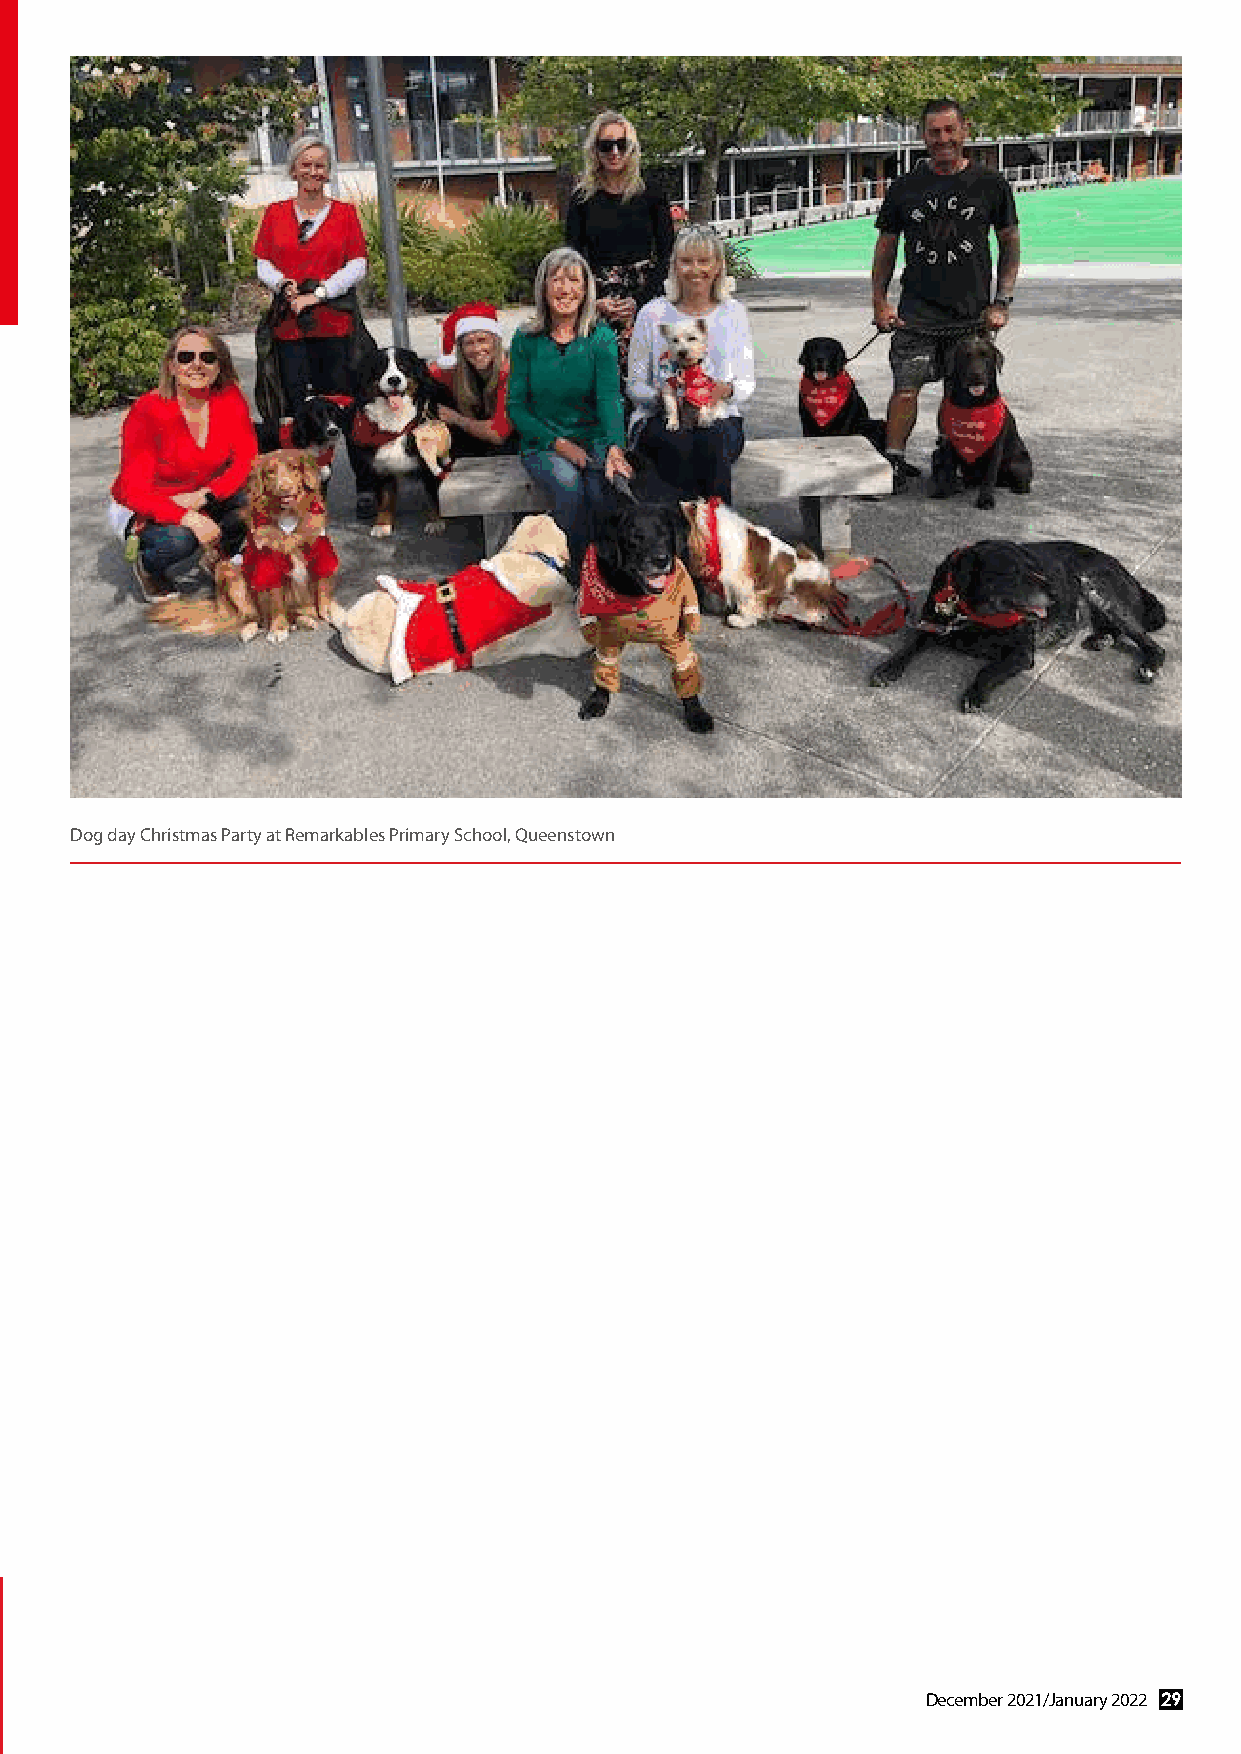
Proudly supported by Dogs New Zealand
 Dog day Christmas Party at Remarkables Primary School, Queenstown
 28 December 2021/January 2022                                December 2021/January 2022 29